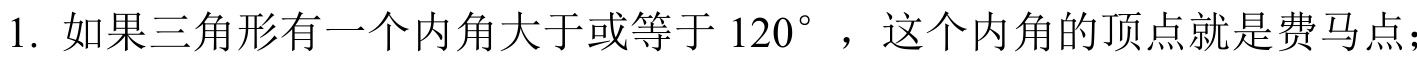
1. 如果三角形有一个内角大于或等于 \(120^{\circ}\)，这个内角的顶点就是费马点；